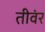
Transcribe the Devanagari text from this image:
तीवंर